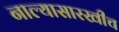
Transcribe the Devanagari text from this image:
नाल्यासारखीच